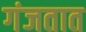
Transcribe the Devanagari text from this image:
गंजतात